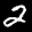
Label: 2